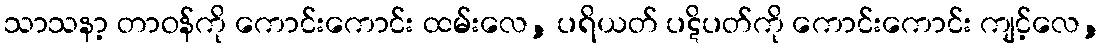
သာသနာ့ တာဝန်ကို ကောင်းကောင်း ထမ်းလေ, ပရိယတ် ပဋိပတ်ကို ကောင်းကောင်း ကျင့်လေ,